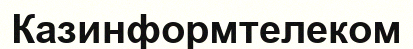
Казинформтелеком